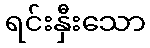
ရင်းနှီးသော